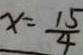
x = \frac { 1 5 } { 4 }